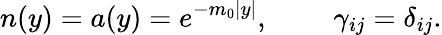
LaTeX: n(y)=a(y)=e^{-m_{0}|y|},\ \ \ \ \ \ \ \ \ \gamma_{ij}=\delta_{ij}.